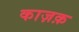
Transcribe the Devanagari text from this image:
काज़क़